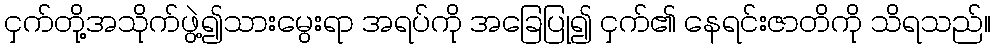
ငှက်တို့အသိုက်ဖွဲ့၍သားမွေးရာ အရပ်ကို အခြေပြု၍ ငှက်၏ နေရင်းဇာတိကို သိရသည်။